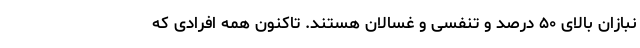
نبازان بالای ۵۰ درصد و تنفسی و غسالان هستند. تاکنون همه افرادی که